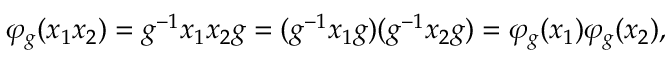
\varphi _ { g } ( x _ { 1 } x _ { 2 } ) = g ^ { - 1 } x _ { 1 } x _ { 2 } g = ( g ^ { - 1 } x _ { 1 } g ) ( g ^ { - 1 } x _ { 2 } g ) = \varphi _ { g } ( x _ { 1 } ) \varphi _ { g } ( x _ { 2 } ) ,